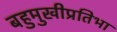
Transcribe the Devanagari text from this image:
बहुमुखीप्रतिभा